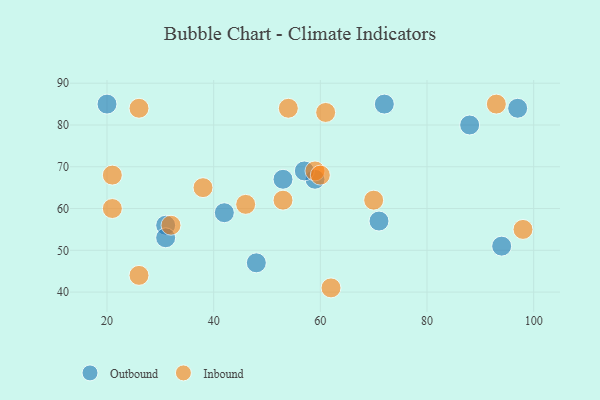
{"axis": {"x": "GDP", "y": "Life Expectancy"}, "legend": ["Inbound", "Outbound"], "data": [{"x": "31", "y": 56, "type": "Outbound"}, {"x": "88", "y": 80, "type": "Outbound"}, {"x": "59", "y": 67, "type": "Outbound"}, {"x": "53", "y": 67, "type": "Outbound"}, {"x": "94", "y": 51, "type": "Outbound"}, {"x": "20", "y": 85, "type": "Outbound"}, {"x": "97", "y": 84, "type": "Outbound"}, {"x": "57", "y": 69, "type": "Outbound"}, {"x": "71", "y": 57, "type": "Outbound"}, {"x": "31", "y": 53, "type": "Outbound"}, {"x": "72", "y": 85, "type": "Outbound"}, {"x": "48", "y": 47, "type": "Outbound"}, {"x": "42", "y": 59, "type": "Outbound"}, {"x": "62", "y": 41, "type": "Inbound"}, {"x": "98", "y": 55, "type": "Inbound"}, {"x": "59", "y": 69, "type": "Inbound"}, {"x": "60", "y": 68, "type": "Inbound"}, {"x": "26", "y": 44, "type": "Inbound"}, {"x": "38", "y": 65, "type": "Inbound"}, {"x": "46", "y": 61, "type": "Inbound"}, {"x": "54", "y": 84, "type": "Inbound"}, {"x": "93", "y": 85, "type": "Inbound"}, {"x": "70", "y": 62, "type": "Inbound"}, {"x": "53", "y": 62, "type": "Inbound"}, {"x": "61", "y": 83, "type": "Inbound"}, {"x": "21", "y": 68, "type": "Inbound"}, {"x": "26", "y": 84, "type": "Inbound"}, {"x": "21", "y": 60, "type": "Inbound"}, {"x": "32", "y": 56, "type": "Inbound"}]}